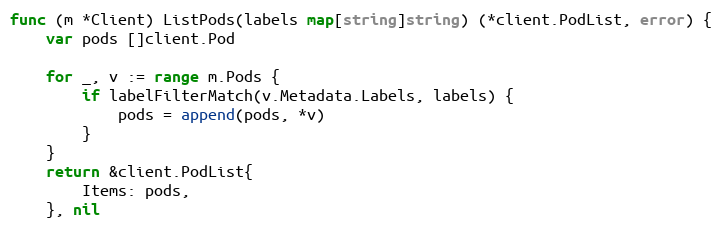
Language: Go
func (m *Client) ListPods(labels map[string]string) (*client.PodList, error) {
	var pods []client.Pod

	for _, v := range m.Pods {
		if labelFilterMatch(v.Metadata.Labels, labels) {
			pods = append(pods, *v)
		}
	}
	return &client.PodList{
		Items: pods,
	}, nil